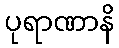
ပုရာဏာနိ